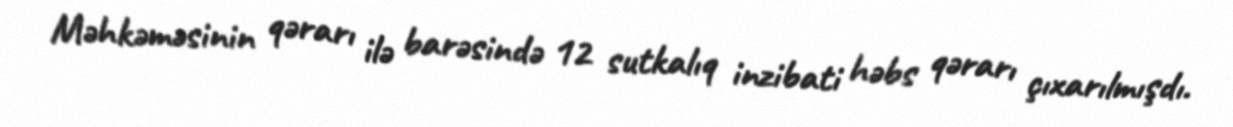
Məhkəməsinin qərarı ilə barəsində 12 sutkalıq inzibati həbs qərarı çıxarılmışdı.